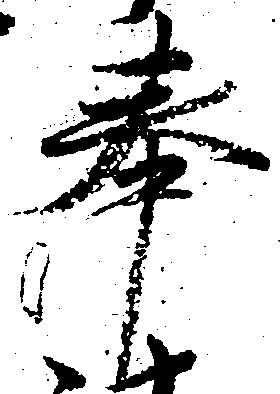
奉